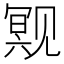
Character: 𬢒